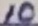
Text: 10